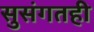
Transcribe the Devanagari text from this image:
सुसंगतही